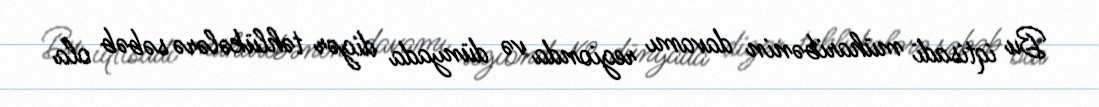
Bu iqtisadi müharibənin davamı regionda və dünyada digər təhlükələrə səbəb ola